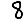
Digit: 8